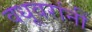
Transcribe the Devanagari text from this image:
वधूवरांनीं